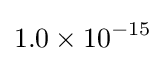
1.0\times 10^{-15}